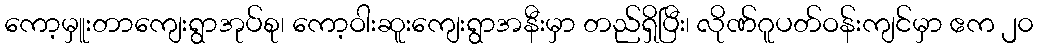
ကော့မှူးတာကျေးရွာအုပ်စု၊ ကော့ဝါးဆူးကျေးရွာအနီးမှာ တည်ရှိပြီး၊ လိုဏ်ဂူပတ်ဝန်းကျင်မှာ ဧက ၂၀